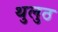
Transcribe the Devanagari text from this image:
थुलुठ